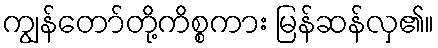
ကျွန်တော်တို့ကိစ္စကား မြန်ဆန်လှ၏။